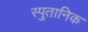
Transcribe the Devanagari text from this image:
स्पुतानिक